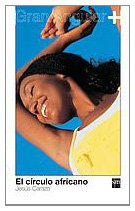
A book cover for El circulo africano/ African Circle (Spanish Edition); Jesus Carazo; Teen & Young Adult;